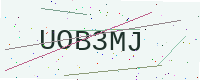
Text: UOB3MJ